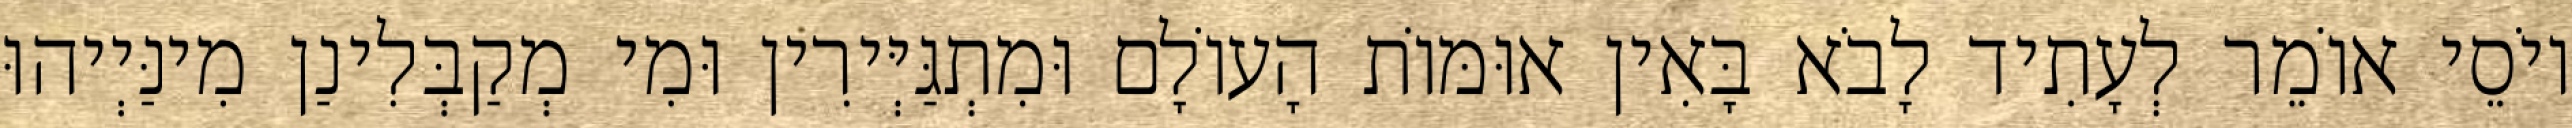
יוֹסֵי אוֹמֵר לְעָתִיד לָבֹא בָּאִין אוּמּוֹת הָעוֹלָם וּמִתְגַּיְּירִין וּמִי מְקַבְּלִינַן מִינַּיְיהוּ